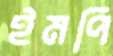
ইমপি